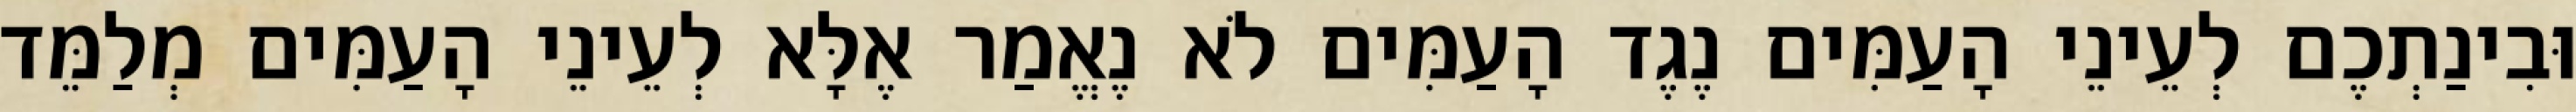
וּבִינַתְכֶם לְעֵינֵי הָעַמִּים נֶגֶד הָעַמִּים לֹא נֶאֱמַר אֶלָּא לְעֵינֵי הָעַמִּים מְלַמֵּד